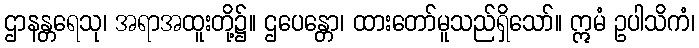
ဌာနန္တရေသု၊ အရာအထူးတို့၌။ ဌပေန္တော၊ ထားတော်မူသည်ရှိသော်။ ဣမံ ဥပါသိကံ၊